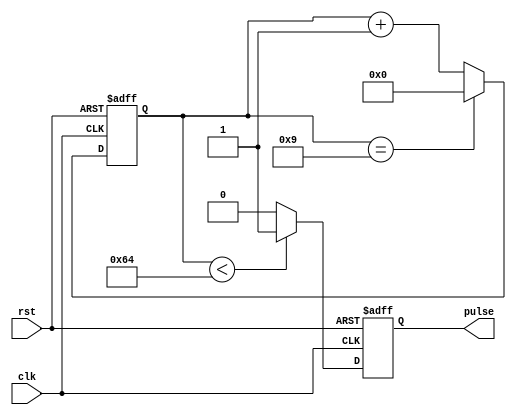
module SimplePulseGenerator (
    input wire clk,
    input wire rst,
    output reg pulse
);

reg [31:0] counter;
parameter PULSE_DURATION = 100;
parameter PULSE_FREQUENCY = 10;

always @(posedge clk or posedge rst) begin
    if (rst) begin
        pulse <= 0;
        counter <= 0;
    end else begin
        if (counter < PULSE_DURATION) begin
            pulse <= 1;
        end else begin
            pulse <= 0;
        end
        
        if (counter == PULSE_FREQUENCY - 1) begin
            counter <= 0;
        end else begin
            counter <= counter + 1;
        end
    end
end

endmodule